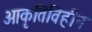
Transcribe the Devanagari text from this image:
आकृतिविहीन